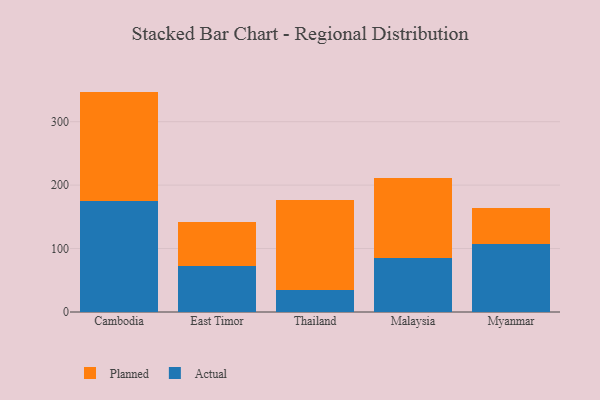
{"axis": {"x": "Country", "y": "Headcount"}, "legend": ["Actual", "Planned"], "data": [{"x": "Cambodia", "y": 174.7, "type": "Actual"}, {"x": "Cambodia", "y": 172.7, "type": "Planned"}, {"x": "East Timor", "y": 72.8, "type": "Actual"}, {"x": "East Timor", "y": 69.2, "type": "Planned"}, {"x": "Thailand", "y": 34.5, "type": "Actual"}, {"x": "Thailand", "y": 142.3, "type": "Planned"}, {"x": "Malaysia", "y": 85.8, "type": "Actual"}, {"x": "Malaysia", "y": 124.7, "type": "Planned"}, {"x": "Myanmar", "y": 106.7, "type": "Actual"}, {"x": "Myanmar", "y": 56.5, "type": "Planned"}]}